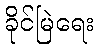
ခိုင်မြဲရေး